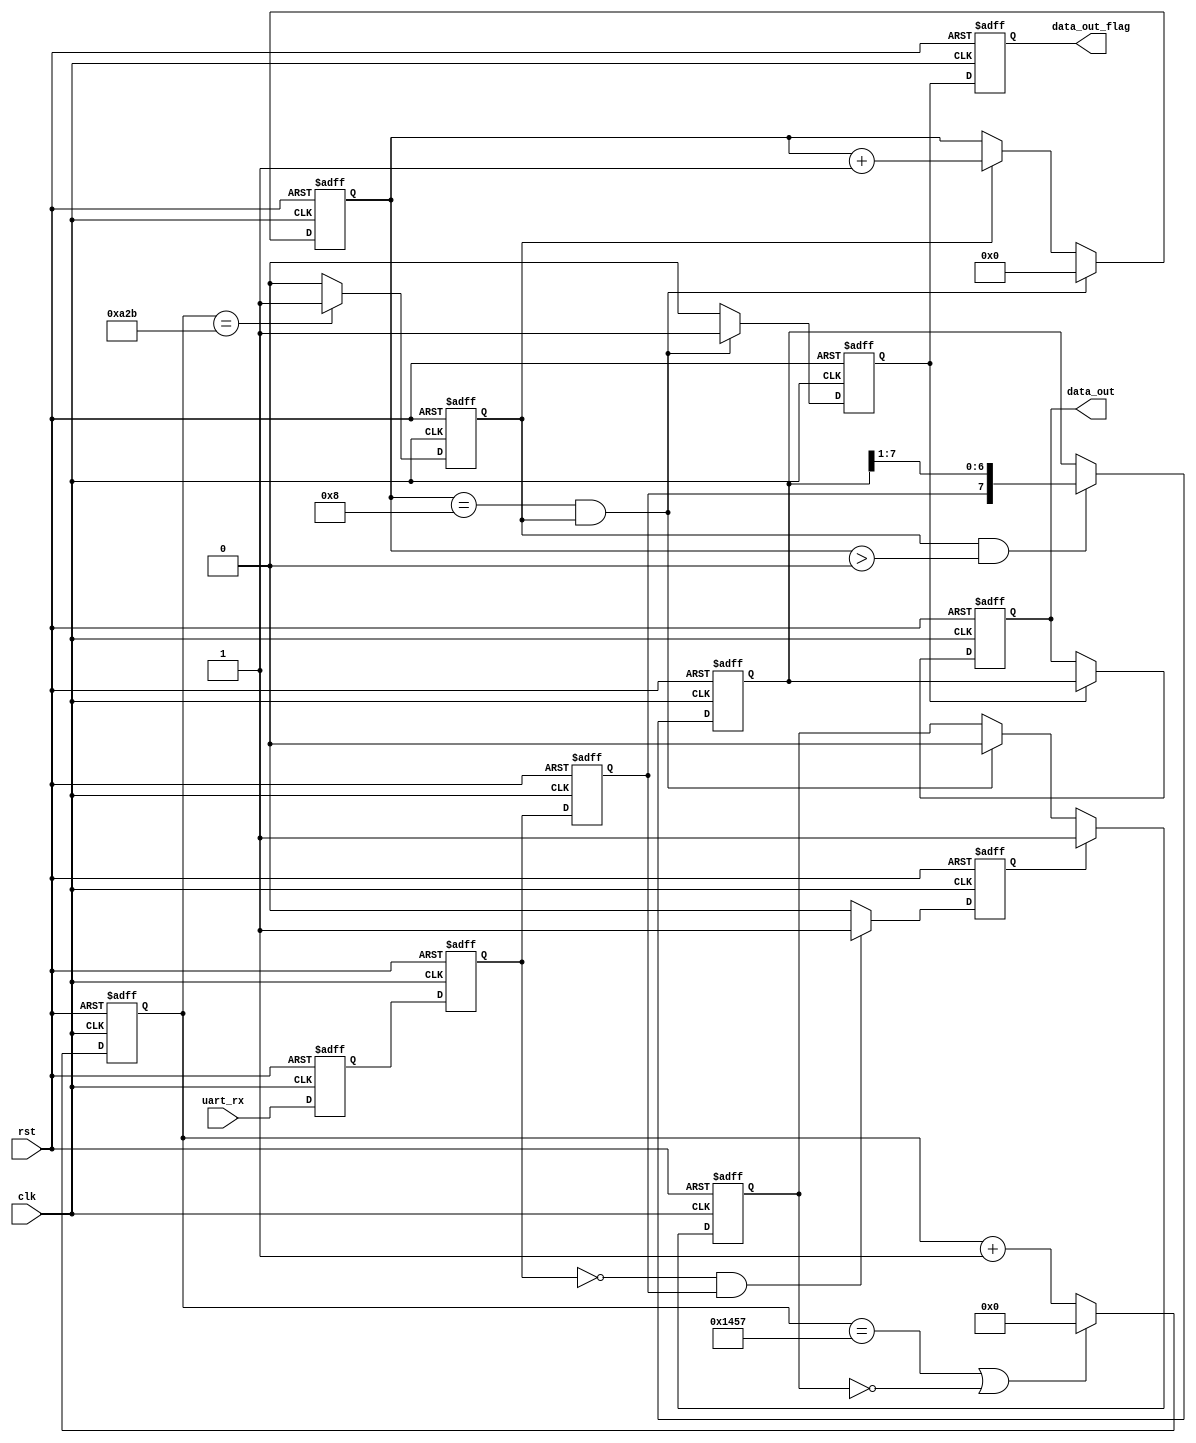
/* =======================================================================
* Copyright (c) 2023, MongooseOrion.
* All rights reserved.
*
* The following code snippet may contain portions that are derived from
* OPEN-SOURCE communities, and these portions will be licensed with: 
*
* <NULL>
*
* If there is no OPEN-SOURCE licenses are listed, it indicates none of
* content in this Code document is sourced from OPEN-SOURCE communities. 
*
* In this case, the document is protected by copyright, and any use of
* all or part of its content by individuals, organizations, or companies
* without authorization is prohibited, unless the project repository
* associated with this document has added relevant OPEN-SOURCE licenses
* by github.com/MongooseOrion. 
*
* Please make sure using the content of this document in accordance with 
* the respective OPEN-SOURCE licenses. 
* 
* THIS CODE IS PROVIDED BY https://github.com/MongooseOrion. 
* ========================================================================
*/
//
// uart  to 

module uart_rx#(
    parameter CLK_FEQ = 26'd50_000_000,
    parameter UART_BOT = 15'd9600
)(
    input               clk,
    input               rst,
    input               uart_rx,
    output reg  [7:0]   data_out,
    output reg          data_out_flag
);

reg         rx_reg1;
reg         rx_reg2;
reg         rx_reg3;
reg         start_nedge;
reg         work_en;
reg [15:0]  baud_cnt;
reg         bit_flag;
reg [3:0]   bit_cnt;
reg [7:0]   rx_data;
reg         rx_flag;

localparam BIT_CNT_MAX = CLK_FEQ / UART_BOT;


//  3 
always @(posedge clk or negedge rst) begin
    if(!rst) begin
        rx_reg1 <= 1'b1;
        rx_reg2 <= 1'b1;
        rx_reg3 <= 1'b1;
    end
    else begin
        rx_reg1 <= uart_rx;
        rx_reg2 <= rx_reg1;
        rx_reg3 <= rx_reg2;
    end
end


// 
always @(posedge clk or negedge rst) begin  
    if(!rst) begin
        start_nedge <= 1'b0;
    end
    else if((~rx_reg2) && (rx_reg3)) begin
        start_nedge <= 1'b1;
    end
    else begin
        start_nedge <= 1'b0;
    end
end


// 
always @(posedge clk or negedge rst) begin
    if(!rst) begin
        work_en <= 1'b0;
    end
    else if(start_nedge) begin
        work_en <= 1'b1;
    end
    else if((bit_flag == 1'b1) && (bit_cnt == 4'd8)) begin
        work_en <= 1'b0;
    end
    else begin
        work_en <= work_en;
    end
end


// 
always @(posedge clk or negedge rst) begin 
    if(!rst) begin
        baud_cnt <= 13'd0;
    end
    else if((baud_cnt == BIT_CNT_MAX - 1'b1) || (work_en == 1'b0)) begin
        baud_cnt <= 13'd0;
    end
    else begin
        baud_cnt <= baud_cnt + 1'b1;
    end
end


// 
always @(posedge clk or negedge rst) begin
    if(!rst) begin
        bit_flag <= 1'b0;
    end
    else if(baud_cnt == BIT_CNT_MAX/2 - 1'b1) begin
        bit_flag <= 1'b1;
    end
    else begin
        bit_flag <= 1'b0;
    end
end


// 
always @(posedge clk or negedge rst) begin
    if(!rst) begin
        bit_cnt <= 4'b0;
    end
    else if((bit_cnt == 4'd8) && (bit_flag == 1'b1)) begin
        bit_cnt <= 4'b0;
    end
    else if(bit_flag) begin
        bit_cnt <= bit_cnt + 1'b1;
    end
    else begin
        bit_cnt <= bit_cnt;
    end
end


// 
always @(posedge clk or negedge rst) begin
    if(!rst) begin
        rx_data <= 8'd0;
    end
    else if((bit_flag == 1'b1) && (bit_cnt > 4'd0)) begin
        rx_data <= {rx_reg3, rx_data[7:1]};
    end
    else begin
        rx_data <= rx_data;
    end
end


// 
always @(posedge clk or negedge rst) begin
    if(!rst) begin
        rx_flag <= 1'b0;
    end
    else if((bit_cnt == 4'd8) && (bit_flag == 1'b1)) begin
        rx_flag <= 1'b1;
    end
    else begin
        rx_flag <= 1'b0;
    end
end


// 
always @(posedge clk or negedge rst) begin
    if(!rst) begin
        data_out <= 8'd0;
    end
    else if(rx_flag) begin
        data_out <= rx_data;
    end
    else begin
        data_out <= data_out;
    end
end


// 
always @(posedge clk or negedge rst) begin
    if(!rst) begin
        data_out_flag <= 1'b0;
    end
    else begin
        data_out_flag <= rx_flag;
    end
end

endmodule